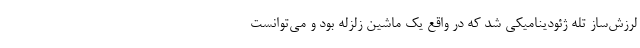
لرزش‌ساز تله ژئودینامیکی شد که در واقع یک ماشین زلزله بود و می‌توانست